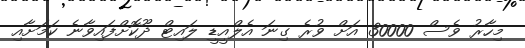
މިހާރު ވެސް 30000 އަށް ވުރެ ގިނަ އެލްއީޑީ ލައިޓް ދޫކޮށްފައިވާނެ ކަމަށާއި